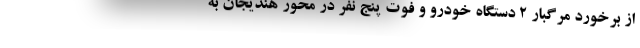
از برخورد مرگبار ۲ دستگاه خودرو و فوت پنج نفر در محور هندیجان به